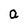
Character: a